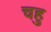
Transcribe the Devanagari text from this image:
चहु